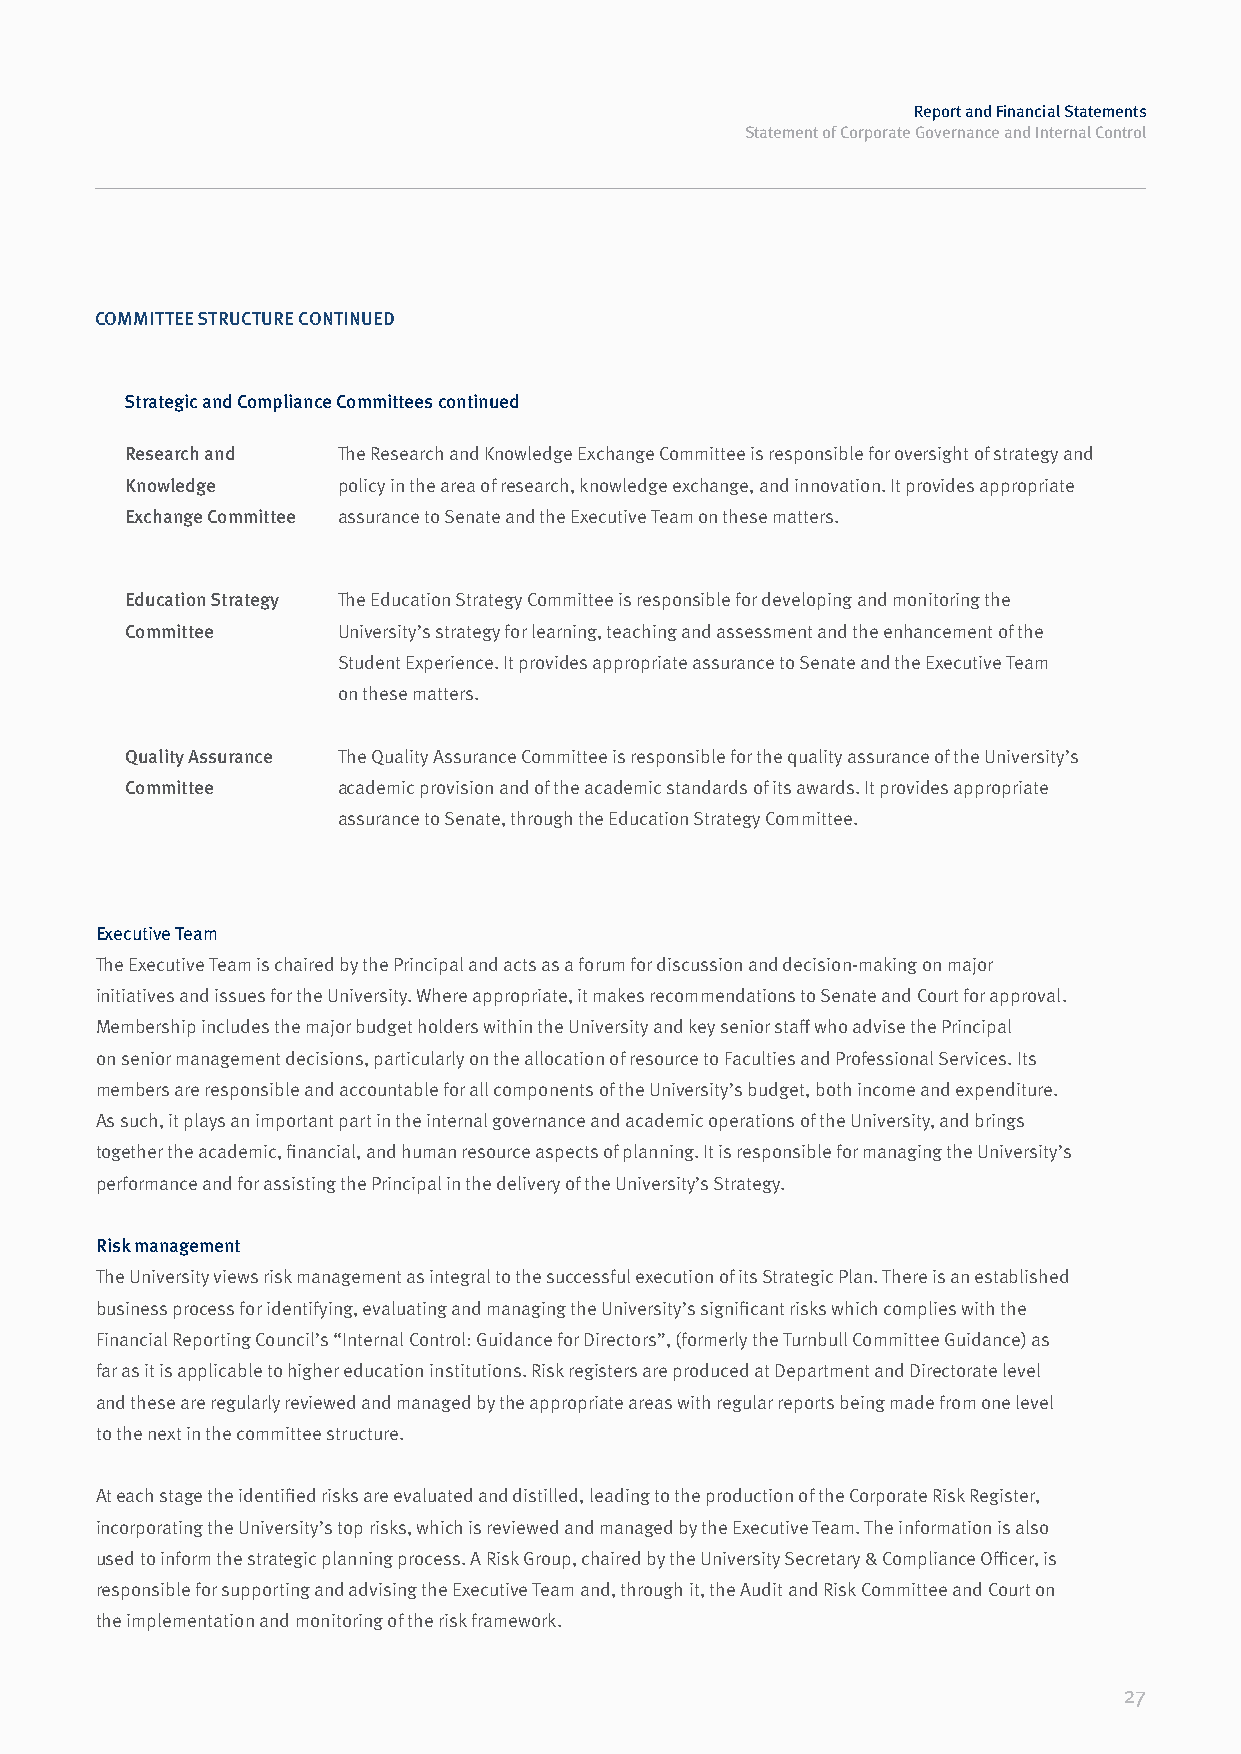
Report and Financial Statements
 Statement of Corporate Governance and Internal Control
 COMMITTEE STRUCTURE CONTINUED
 Strategic and Compliance Committees continued
 Research and  The Research and Knowledge Exchange Committee is responsible for oversight of strategy and
 Knowledge     policy in the area of research, knowledge exchange, and innovation. It provides appropriate
 Exchange Committee assurance to Senate and the Executive Team on these matters.
 Education Strategy The Education Strategy Committee is responsible for developing and monitoring the
 Committee     University’s strategy for learning, teaching and assessment and the enhancement of the
 Student Experience. It provides appropriate assurance to Senate and the Executive Team
 on these matters.
 Quality Assurance The Quality Assurance Committee is responsible for the quality assurance of the University’s
 Committee     academic provision and of the academic standards of its awards. It provides appropriate
 assurance to Senate, through the Education Strategy Committee.
 Executive Team
 The Executive Team is chaired by the Principal and acts as a forum for discussion and decision-making on major
 initiatives and issues for the University. Where appropriate, it makes recommendations to Senate and Court for approval.
 Membership includes the major budget holders within the University and key senior staff who advise the Principal
 on senior management decisions, particularly on the allocation of resource to Faculties and Professional Services. Its
 members are responsible and accountable for all components of the University’s budget, both income and expenditure.
 As such, it plays an important part in the internal governance and academic operations of the University, and brings
 together the academic, financial, and human resource aspects of planning. It is responsible for managing the University’s
 performance and for assisting the Principal in the delivery of the University’s Strategy.
 Risk management
 The University views risk management as integral to the successful execution of its Strategic Plan. There is an established
 business process for identifying, evaluating and managing the University’s significant risks which complies with the
 Financial Reporting Council’s “Internal Control: Guidance for Directors”, (formerly the Turnbull Committee Guidance) as
 far as it is applicable to higher education institutions. Risk registers are produced at Department and Directorate level
 and these are regularly reviewed and managed by the appropriate areas with regular reports being made from one level
 to the next in the committee structure.
 At each stage the identified risks are evaluated and distilled, leading to the production of the Corporate Risk Register,
 incorporating the University’s top risks, which is reviewed and managed by the Executive Team. The information is also
 used to inform the strategic planning process. A Risk Group, chaired by the University Secretary & Compliance Officer, is
 responsible for supporting and advising the Executive Team and, through it, the Audit and Risk Committee and Court on
 the implementation and monitoring of the risk framework.
 27